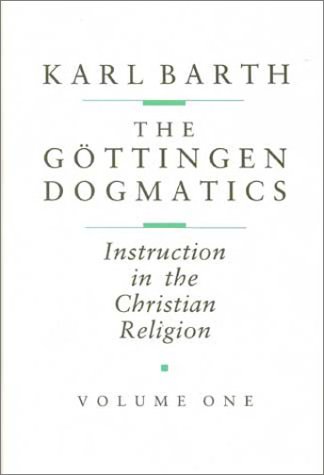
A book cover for The GÃ¶ttingen Dogmatics: Instruction in the Christian Religion; Karl Barth; Christian Books & Bibles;